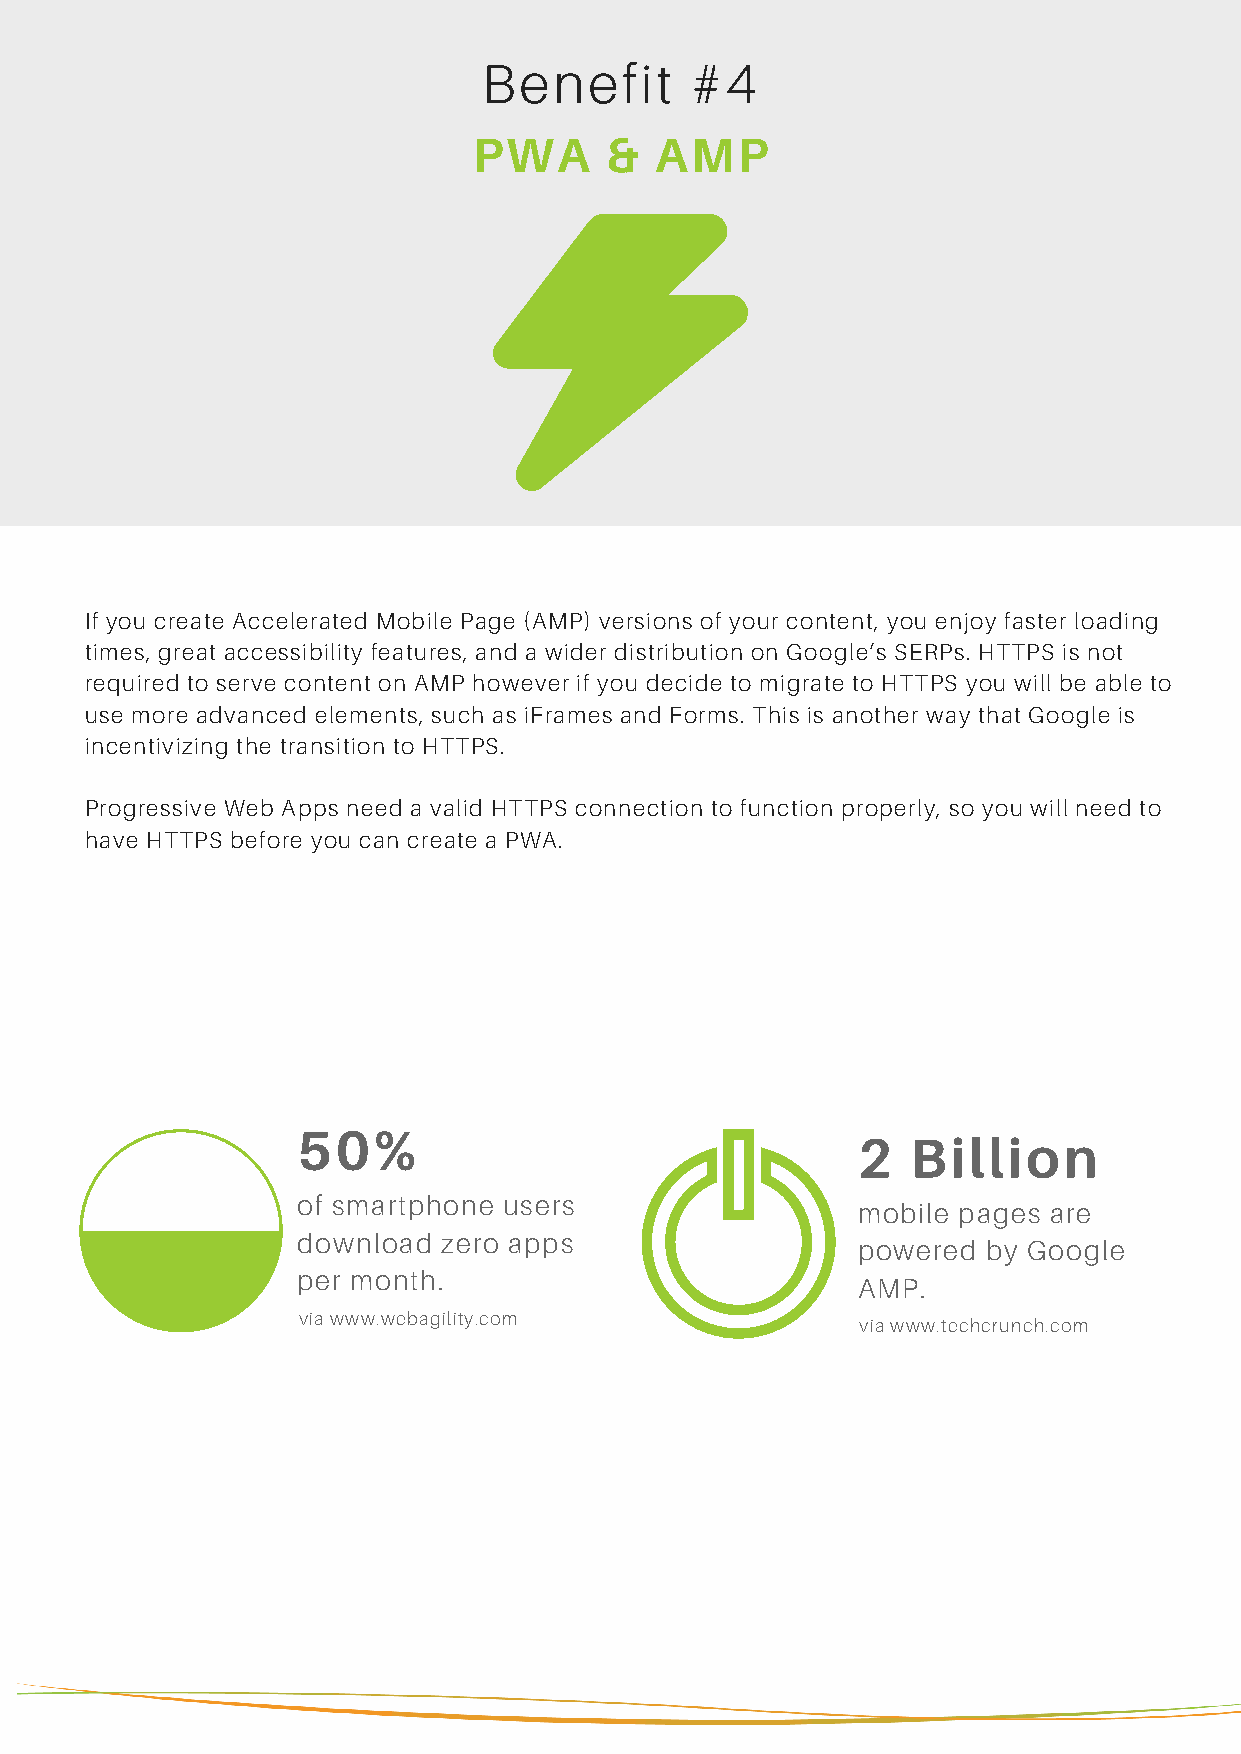
Benefit       #4
 PWA      &  AMP
 If you create Accelerated Mobile Page (AMP) versions of your content, you enjoy faster loading
 times, great accessibility features, and a wider distribution on Google’s SERPs. HTTPS is not
 required to serve content on AMP however if you decide to migrate to HTTPS you will be able to
 use more advanced elements, such as iFrames and Forms. This is another way that Google is
 incentivizing the transition to HTTPS.
 Progressive Web Apps need a valid HTTPS connection to function properly, so you will need to
 have HTTPS before you can create a PWA.
 50%
 2  Billion
 of smartphone users
 mobile pages are
 download zero apps
 powered by Google
 per month.
 AMP.
 via www.webagility.com
 via www.techcrunch.com